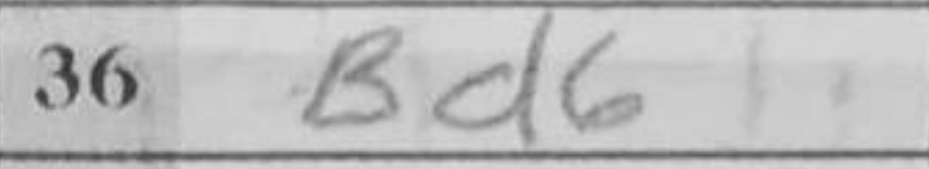
Transcription: Bd6